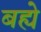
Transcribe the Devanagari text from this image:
बह्ये